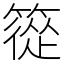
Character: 篵